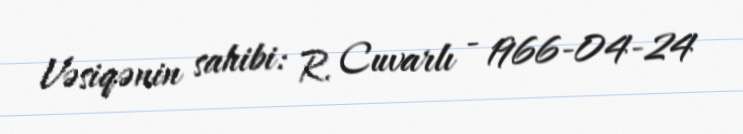
Vəsiqənin sahibi: R. Cuvarlı - 1966-04-24